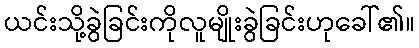
ယင်းသို့ခွဲခြင်းကိုလူမျိုးခွဲခြင်းဟုခေါ်၏။